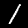
Digit: 1